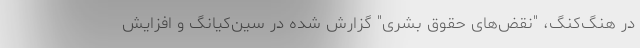
در هنگ‌کنگ، "نقض‌های حقوق بشری" گزارش شده‌ در سین‌کیانگ و افزایش